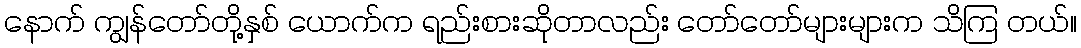
နောက် ကျွန်တော်တို့နှစ် ယောက်က ရည်းစားဆိုတာလည်း တော်တော်များများက သိကြ တယ်။